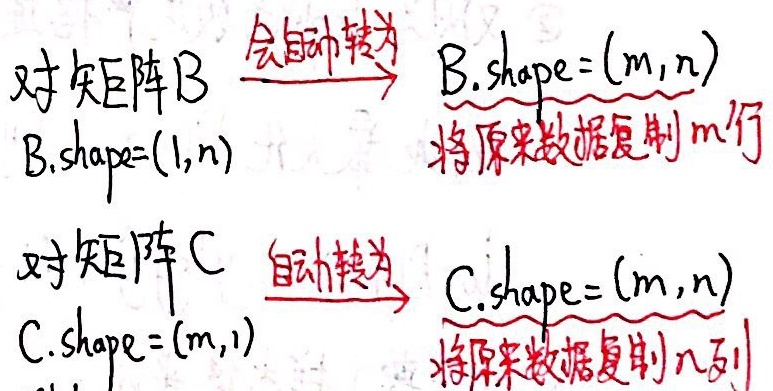
对矩阵 \(B\)，\(B.shape=(1,n)\) 会自动转为 \(B.shape=(m,n)\)，将原来数据复制 \(m\) 行。对矩阵 \(C\)，\(C.shape=(m,1)\) 自动转为 \(C.shape=(m,n)\)，将原来数据复制 \(n\) 列。